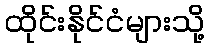
ထိုင်းနိုင်ငံများသို့